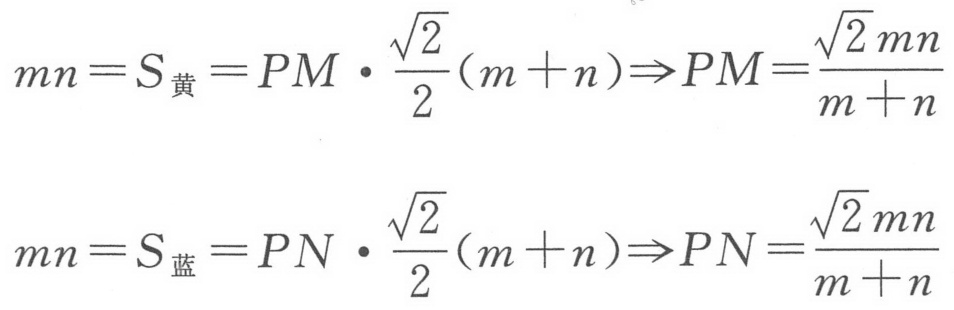
\[
mn = S_{黄}=PM\cdot\frac{\sqrt{2}}{2}(m + n)\Rightarrow PM=\frac{\sqrt{2}mn}{m + n}
\]
\[
mn = S_{蓝}=PN\cdot\frac{\sqrt{2}}{2}(m + n)\Rightarrow PN=\frac{\sqrt{2}mn}{m + n}
\]